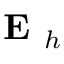
\textbf { E } _ { h }